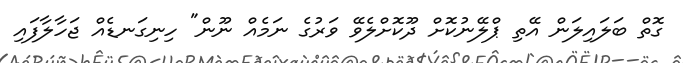
ގޮތް ބަލައިލަން އޭތި ޕްލޭނުކޮށް ދޫކޮށްލެވޭ ވަރުގެ ނަމެއް ނޫން" ހިނިގަނޑެއް ޖަހާލާފައި